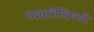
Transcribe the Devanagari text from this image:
व्यक्तीविषयी